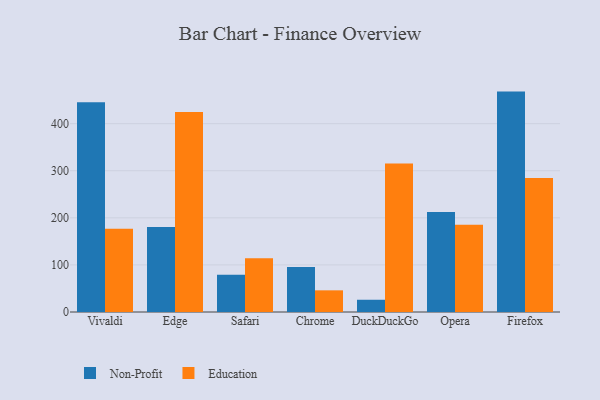
{"axis": {"x": "Browser", "y": "Tickets Resolved"}, "legend": ["Education", "Non-Profit"], "data": [{"x": "Vivaldi", "y": 445.7, "type": "Non-Profit"}, {"x": "Vivaldi", "y": 176.6, "type": "Education"}, {"x": "Edge", "y": 180.3, "type": "Non-Profit"}, {"x": "Edge", "y": 424.7, "type": "Education"}, {"x": "Safari", "y": 79.1, "type": "Non-Profit"}, {"x": "Safari", "y": 114.2, "type": "Education"}, {"x": "Chrome", "y": 95.6, "type": "Non-Profit"}, {"x": "Chrome", "y": 46.0, "type": "Education"}, {"x": "DuckDuckGo", "y": 26.0, "type": "Non-Profit"}, {"x": "DuckDuckGo", "y": 315.6, "type": "Education"}, {"x": "Opera", "y": 212.6, "type": "Non-Profit"}, {"x": "Opera", "y": 185.2, "type": "Education"}, {"x": "Firefox", "y": 468.1, "type": "Non-Profit"}, {"x": "Firefox", "y": 284.6, "type": "Education"}]}